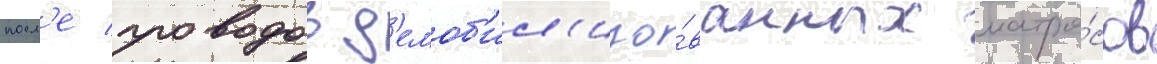
посл'е проводов д'емоб'ил'изо́ванных матро́сов